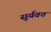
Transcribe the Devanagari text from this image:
सूर्यवत